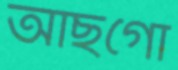
আছগো